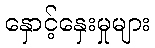
နှောင့်နှေးမှုများ